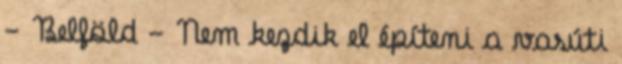
- Belföld - Nem kezdik el építeni a vasúti